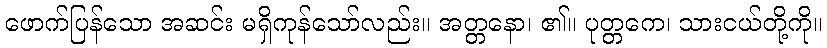
ဖောက်ပြန်သော အဆင်း မရှိကုန်သော်လည်း။ အတ္တနော၊ ၏။ ပုတ္တကေ၊ သားငယ်တို့ကို။